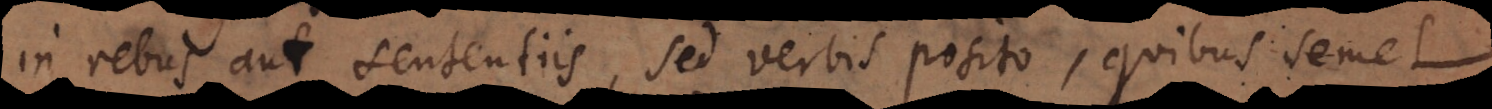
in rebus aut sententiis, sed verbis posito, quibus semel